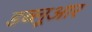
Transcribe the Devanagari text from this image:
डब्लूआर